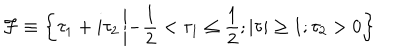
{ \cal F } \equiv \left\{ \tau _ { 1 } + i \tau _ { 2 } \left| - \frac { 1 } { 2 } < \tau _ { 1 } \leq \frac { 1 } { 2 } ; \vert \tau \vert \geq 1 ; \tau _ { 2 } > 0 \right. \right\}